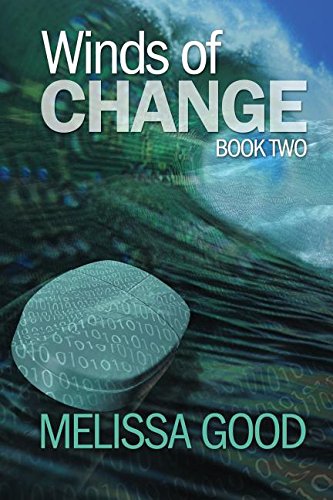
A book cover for Winds of Change - Book Two; Melissa Good; Romance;